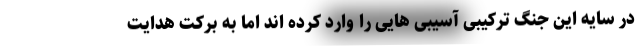
در سایه این جنگ ترکیبی آسیبی هایی را وارد کرده اند اما به برکت هدایت